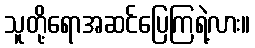
သူတို့ရောအဆင်ပြေကြရဲ့လား။